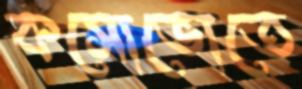
কসোভোতে